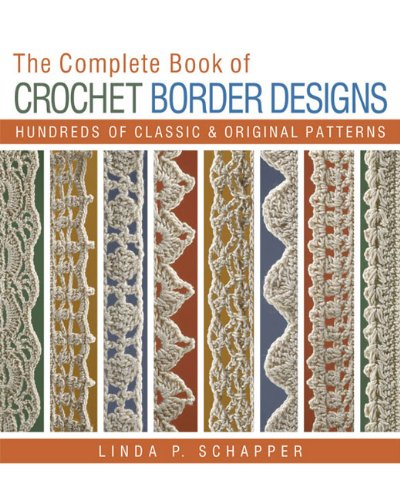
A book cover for The Complete Book of Crochet Border Designs: Hundreds of Classics & Original Patterns; Linda P. Schapper; Crafts, Hobbies & Home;